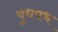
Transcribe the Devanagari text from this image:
युधपथ